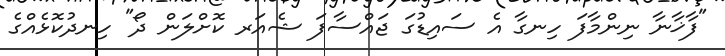
"ފާޚާނާ ނިންމާފަ ހިނގާ އެ ސައިޑުގަ ޖައްސާފަ ޝެއަރ ކޮށްލަން ދޯ" ހިނދުކޮޅެއްގެ